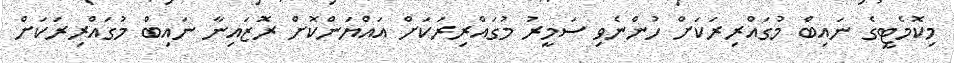
މިކޮމެޓީގެ ނައިބް މުގައްރިރަކަށް ހުންނެވި ސަމީރު މުގައްރިރަކަށް އައްޔަންކޮށް ރޮޒައިނާ ނައިބް މުގައްރިރަކަށް